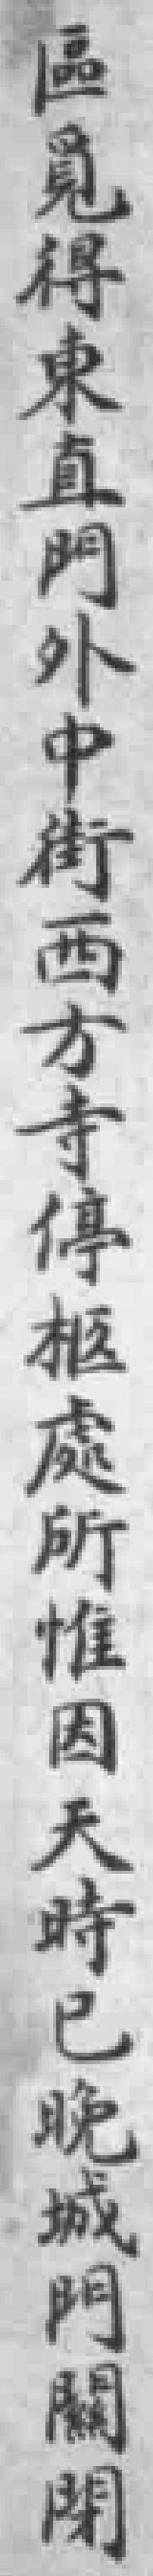
區覓得東直門外中街西方寺停柩處所惟因天時已晚城門闗閉